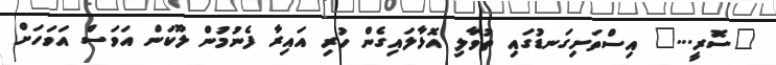
"ސޮރީ..." އިސްތަށިގަނޑުގައި ތުވާލި އޮޅާލައިގެން ހުރި އައިރާ ފެނުމުން ލޫކަން އަވަސް އަވަހަށް